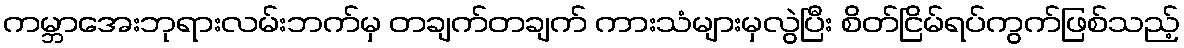
ကမ္ဘာအေးဘုရားလမ်းဘက်မှ တချက်တချက် ကားသံများမှလွဲပြီး စိတ်ငြိမ်ရပ်ကွက်ဖြစ်သည့်